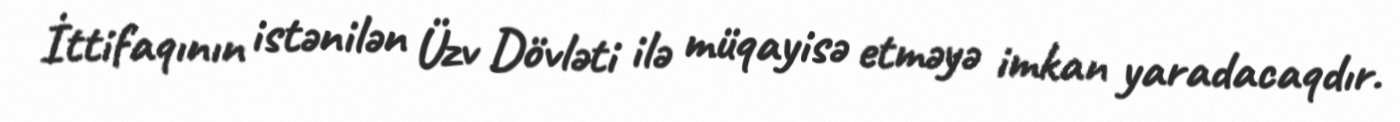
İttifaqının istənilən Üzv Dövləti ilə müqayisə etməyə imkan yaradacaqdır.